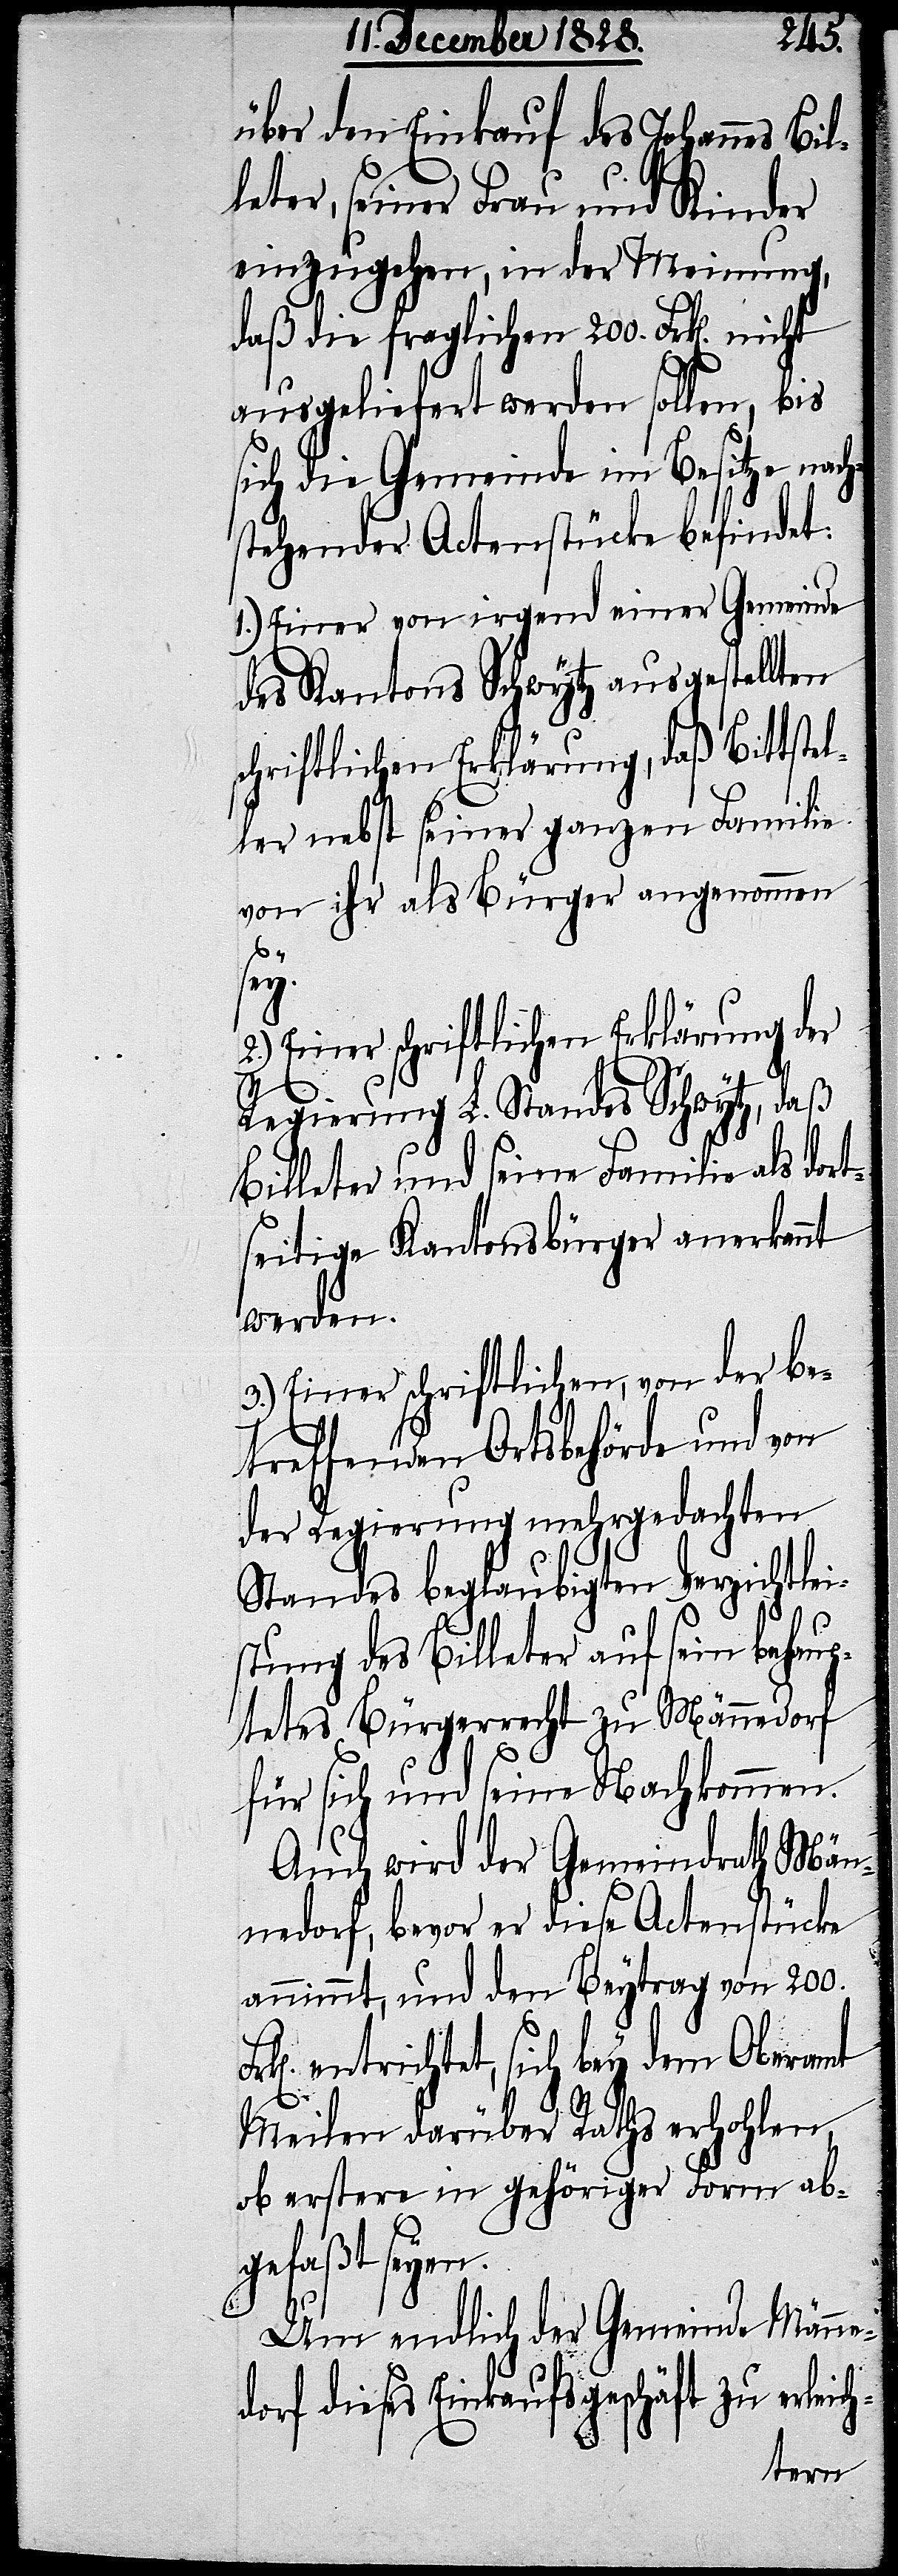
über den Einkauf des Johannes Bil¬
leter, seiner Frau und Kinder
einzugehen, in der Meinung,
daß die fraglichen 200. Frk[en].
ausgeliefert werden sollen, bis
sich die Gemeinde im Besitze nach¬
stehender Actenstücke befindet:
1.) Einer von irgend einer Gemeinde
des Kantons Schwytz ausgestellten
schriftlichen Erklärung, daß Bittste¬
ller nebst seiner ganzen Familie
von ihr als Bürger angenommen
h-
sey.
2.) Einer schriftlichen Erklärung der
Regierung L. Standes Schwytz, daß
Billeter und seine Familie als dort¬
seitige Kantonsbürger anerkannt
werden.
3.) Einer schriftlichen, von der be¬
treffenden Ortsbehörde und von
der Regierung mehrgedachten
Standes beglaubigten Verzichtlei¬
stung des Billeter auf sein behaup¬
tetes Bürgerrecht zu Männedorf
für sich und seine Nachkommen.
Auch wird der Gemeindrath Män¬
nedorf, bevor er diese Actenstücke
annimmt, und den Beytrag von 200.
entrichtet, sich bey dem Oberamt
Meilen darüber Raths erhohlen,
ob erstere in gehöriger Form ab¬
gefaßt seyen.
Um endlich der Gemeinde Männe¬
dorf dieses Einkaufsgeschäft zu erleic¬